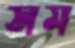
সম